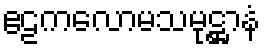
ဧဠကလောမသမုဋ္ဌာနံ